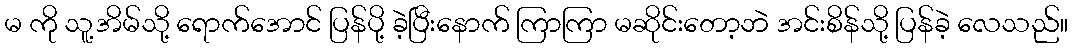
မ ကို သူ့အိမ်သို့ ရောက်အောင် ပြန်ပို့ ခဲ့ပြီးနောက် ကြာကြာ မဆိုင်းတော့ဘဲ အင်းစိန်သို့ ပြန်ခဲ့ လေသည်။